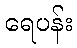
ရေပန်း